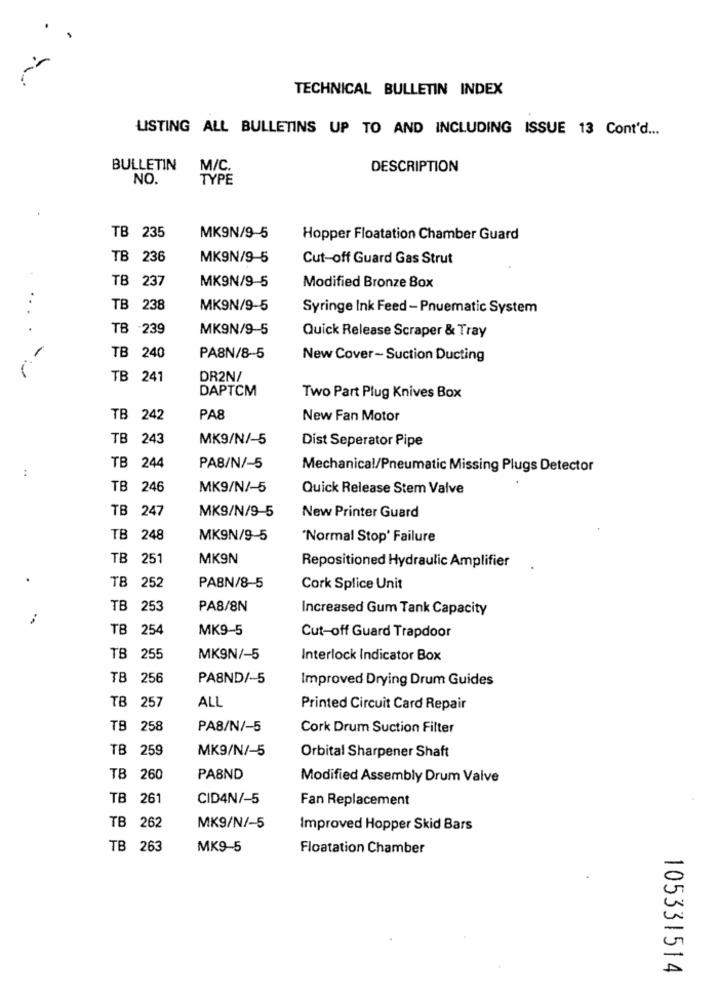
TECHNICAL BULLETIN INDEX
LISTING ALL BULLETINS UP TO AND INCLUDING ISSUE 13 Cont'd ...
BULLETIN
M/C.
DESCRIPTION
NO.
TYPE
TB 235
MK9N/9-5
Hopper Floatation Chamber Guard
TB 236
MK9N/9-5
Cut-off Guard Gas Strut
TB 237
MK9N/9-5
Modified Bronze Box
..
TB 238
MK9N/9-5
Syringe Ink Feed - Pnuematic System
TB -239
MK9N/9-5
Quick Release Scraper & Tray
TB 240
PA8N/8-5
New Cover- Suction Ducting
TB 241
DR2N/
DAPTCM
Two Part Plug Knives Box
TB 242
PA8
New Fan Motor
TB 243
MK9/N/-5
Dist Seperator Pipe
:
TB 244
PA8/N/-5
Mechanical/Pneumatic Missing Plugs Detector
TB 246
MK9/N/-5
Quick Release Stem Valve
TB 247
MK9/N/9-5
New Printer Guard
TB 248
MK9N/9-5
"Normal Stop' Failure
TB
251
MK9N
Repositioned Hydraulic Amplifier
TB 252
PABN/8-5
Cork Splice Unit
TB 253
PA8/8N
Increased Gum Tank Capacity
TB 254
MK9-5
Cut-off Guard Trapdoor
TB 255
MK9N/-5
Interlock Indicator Box
TB
256
PASND/-5
Improved Drying Drum Guides
ALL
TB 257
Printed Circuit Card Repair
TB 258
PA8/N/-5
Cork Drum Suction Filter
TB 259
MK9/N/-5
Orbital Sharpener Shaft
TB 260
PASND
Modified Assembly Drum Valve
TB 261
CID4N/-5
Fan Replacement
TB 262
MK9/N/-5
Improved Hopper Skid Bars
TB 263
MK9-5
Floatation Chamber
105331514